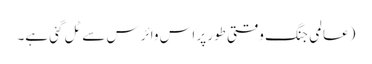
(عالمی جنگ وقتی طور پر اس وائرس سے ٹل گئی ہے۔